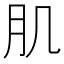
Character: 肌